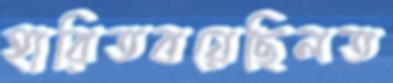
হারিতবয়েছিলত